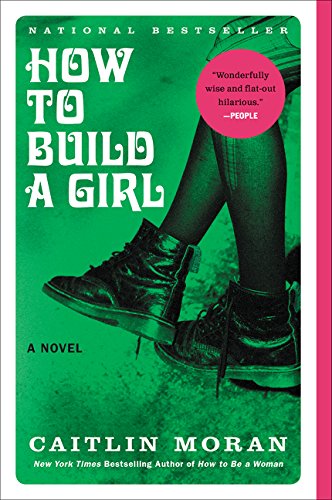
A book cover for How to Build a Girl: A Novel (P.S.); Caitlin Moran; Literature & Fiction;